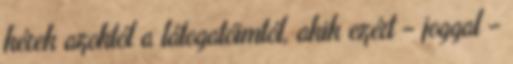
kérek azoktól a látogatóimtól, akik ezért – joggal –